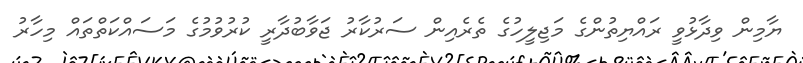
ޔާމިން ވިދާޅުވީ ރައްޔިތުންގެ މަޖިލީހުގެ ތެރެއިން ސަރުކާރު ޖަވާބުދާރީ ކުރުވުމުގެ މަސައްކަތްތައް މިހާރު